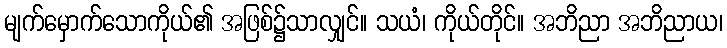
မျက်မှောက်သောကိုယ်၏ အဖြစ်၌သာလျှင်။ သယံ၊ ကိုယ်တိုင်။ အဘိညာ အဘိညာယ၊